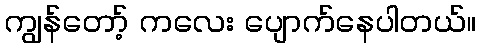
ကျွန်တော့် ကလေး ပျောက်နေပါတယ်။